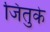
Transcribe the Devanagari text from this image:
जितुके